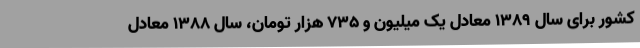
کشور برای سال ۱۳۸۹ معادل یک میلیون و ۷۳۵ هزار تومان، سال ۱۳۸۸ معادل